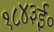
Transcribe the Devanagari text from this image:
१८४३ई०